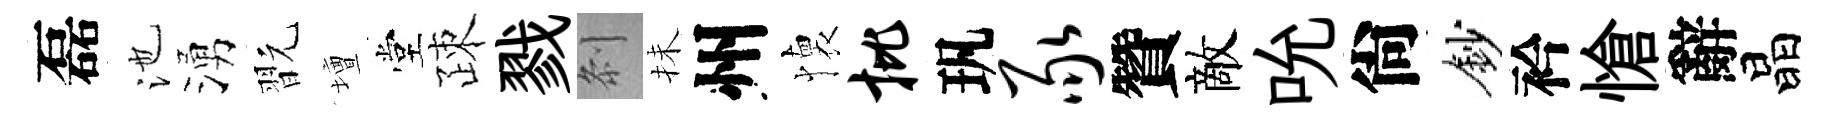
磊池湧翫壇堂疎戮𠛴抺州懐批㺬豕贊敵吮尙鈔衿愴辭晶